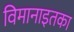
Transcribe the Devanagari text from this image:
विमानाइतका